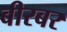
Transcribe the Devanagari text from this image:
बीरबर